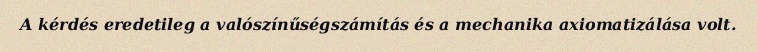
A kérdés eredetileg a valószínűségszámítás és a mechanika axiomatizálása volt.